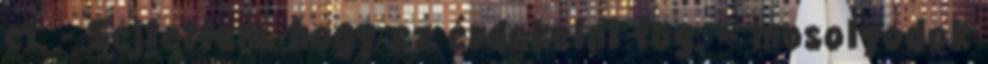
el. - Sejtettem, hogy ez érdekelni fog. – mosolyodok